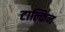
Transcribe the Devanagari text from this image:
टाल्किन